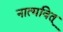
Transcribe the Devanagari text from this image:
नात्मवित्‌